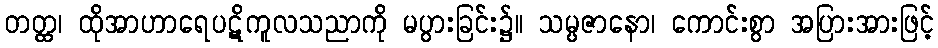
တတ္ထ၊ ထိုအာဟာရေပဋိကူလသညာကို မပွားခြင်း၌။ သမ္ပဇာနော၊ ကောင်းစွာ အပြားအားဖြင့်